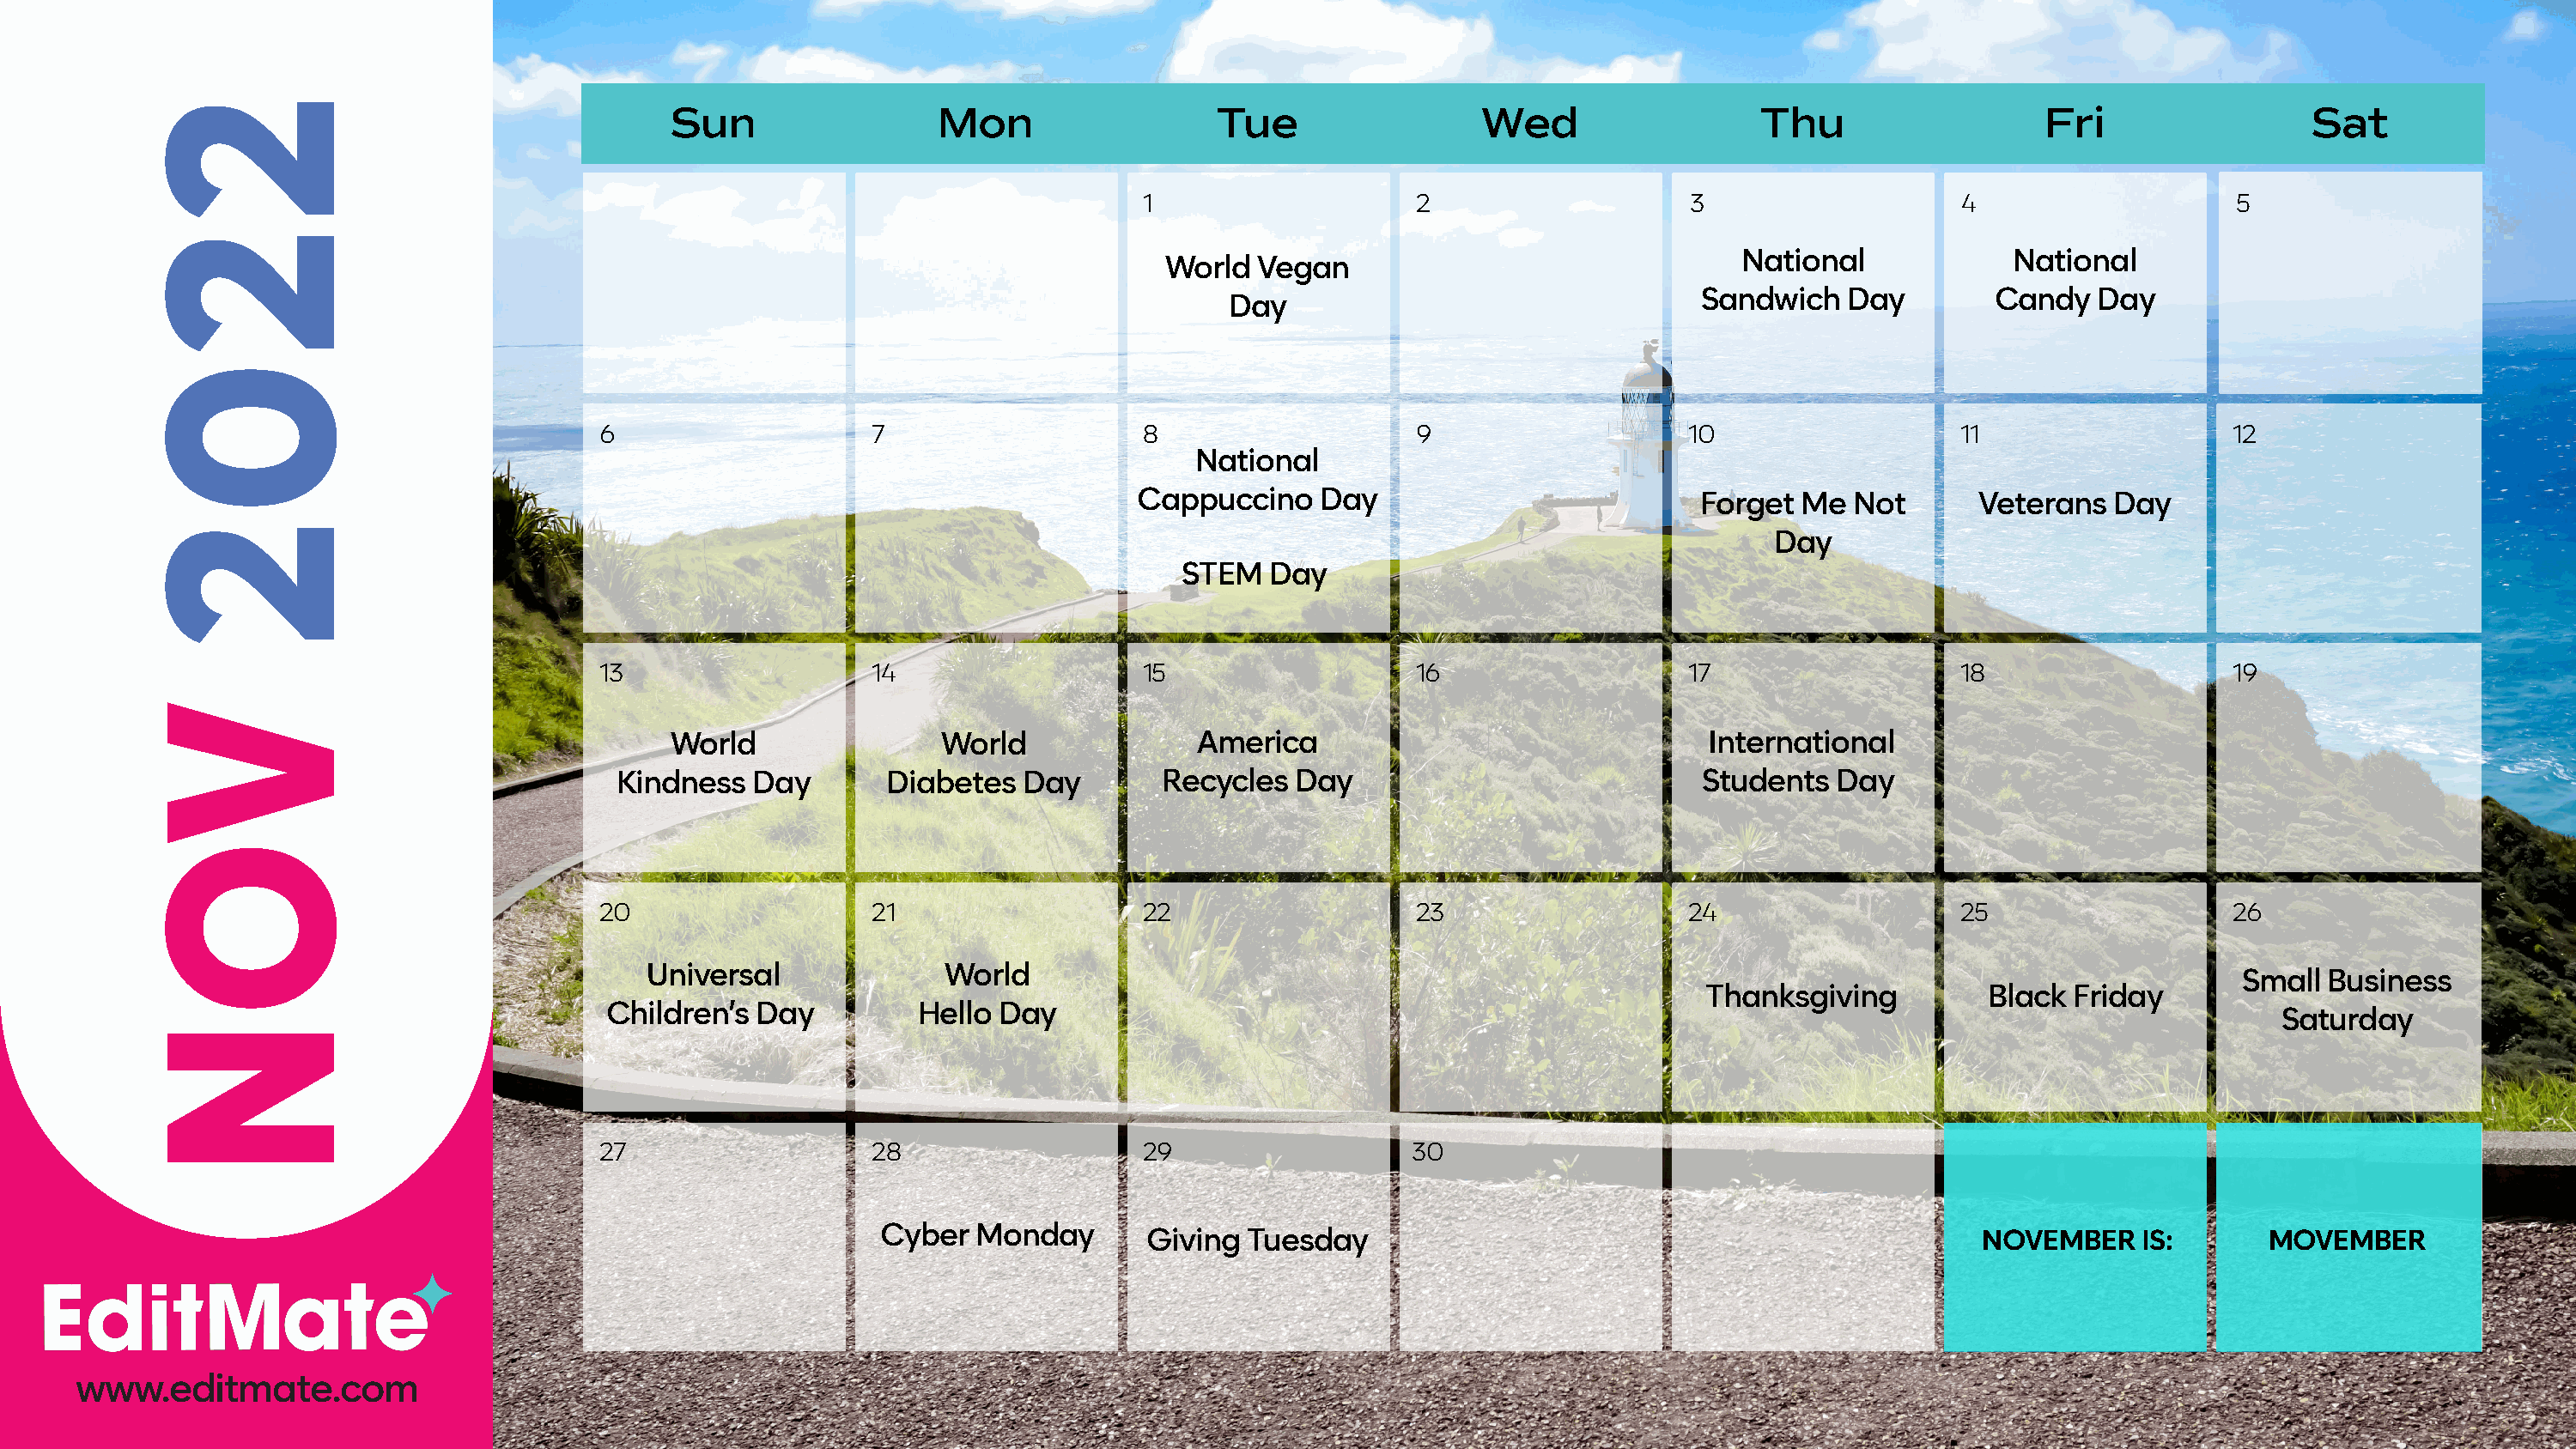
Sun                 Mon                   Tue                 Wed                   Thu                   Fri                 Sat
 1                    2                    3                    4                    5
 National             National
 World  Vegan
 Sandwich   Day         Candy   Day
 Day
 6                    7                    8                    9                    10                   11                   12
 National
 Cappuccino    Day                          Forget  Me  Not       Veterans  Day
 Day
 STEM   Day
 13                   14                   15                   16                   17                   18                   19
 World                World              America                                 International
 Kindness  Day       Diabetes   Day        Recycles  Day                            Students   Day
 20                   21                   22                   23                   24                   25                   26
 Universal              World
 Small Business
 Thanksgiving          Black  Friday
 Children’s Day          Hello Day
 Saturday
 27                   28                   29                   30
 Cyber  Monday       Giving  Tuesday                                                  NOVEMBER    IS:       MOVEMBER
 www.editmate.com
 2202
 VON